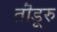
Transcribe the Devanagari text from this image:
तॊंडूरु